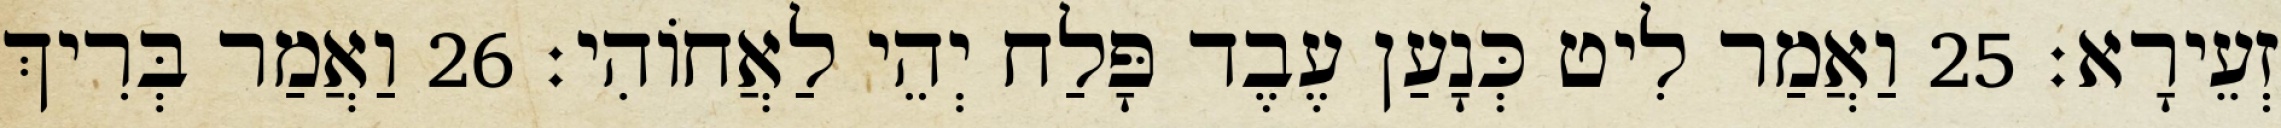
זְעֵירָא׃ 25 וַאֲמַר לִיט כְּנָעַן עֶבֶד פָּלַח יְהֵי לַאֲחוֹהִי׃ 26 וַאֲמַר בְּרִיךְ